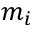
m _ { i }